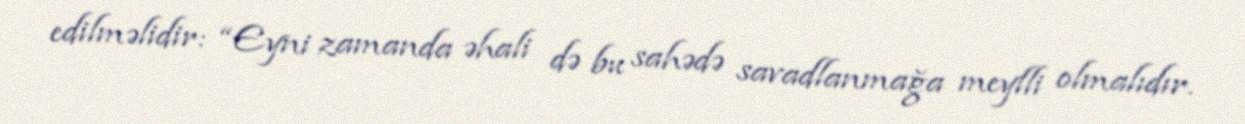
edilməlidir: “Eyni zamanda əhali də bu sahədə savadlanmağa meylli olmalıdır.